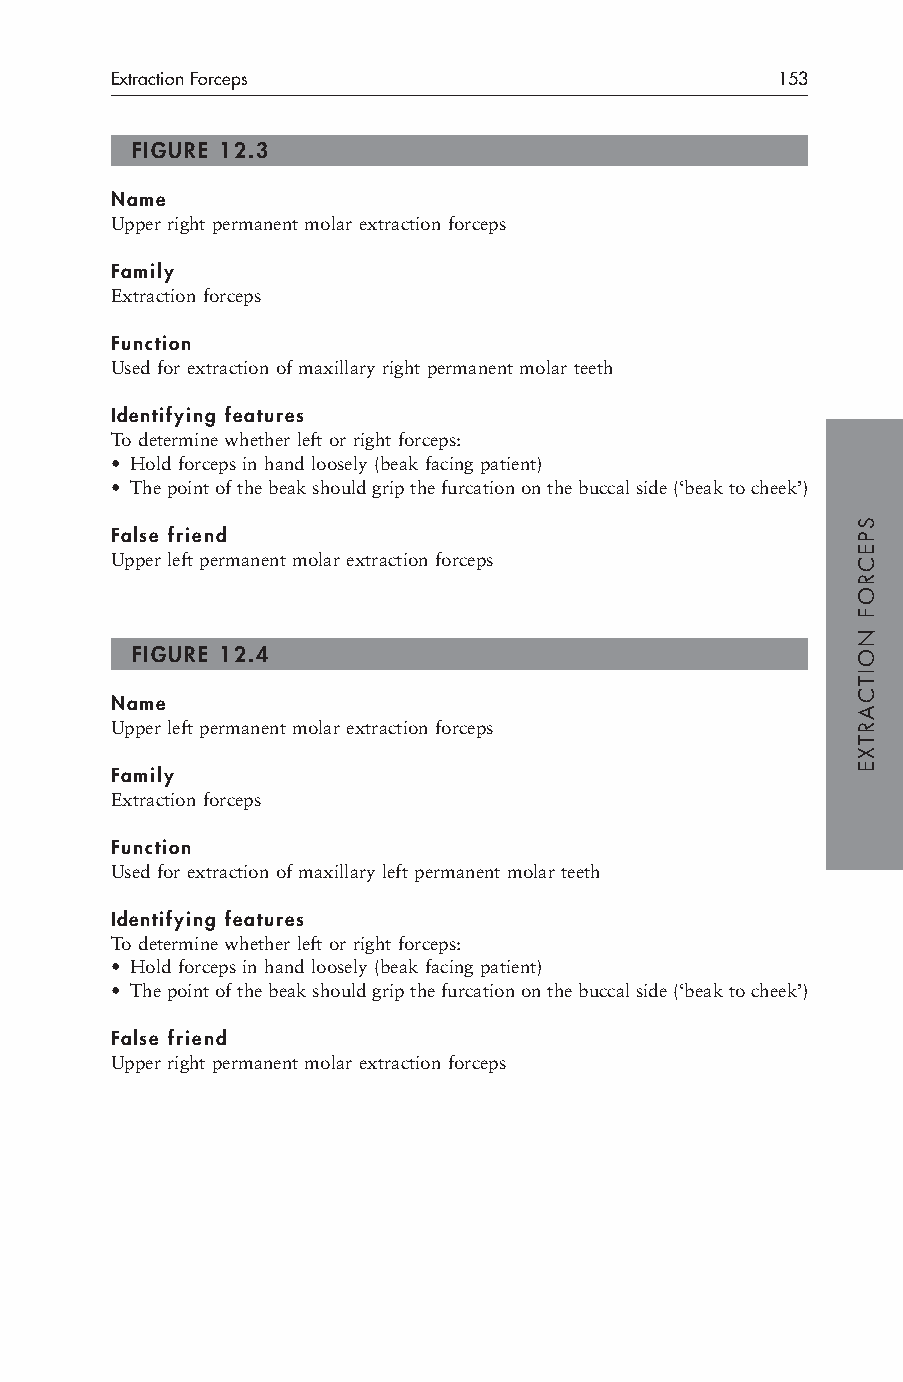
Extraction Forceps                          153
 FIGURE 12.3
 Name
 Upper right permanent molar extraction forceps
 Family
 Extraction forceps
 Function
 Used for extraction of maxillary right permanent molar teeth
 Identifying features
 To determine whether left or right forceps:
 • Hold forceps in hand loosely (beak facing patient)
 • The point of the beak should grip the furcation on the buccal side (‘beak to cheek’)
 False friend
 Upper left permanent molar extraction forceps
 FIGURE 12.4
 Name
 Upper left permanent molar extraction forceps
 Family
 Extraction forceps
 Function
 Used for extraction of maxillary left permanent molar teeth
 Identifying features
 To determine whether left or right forceps:
 • Hold forceps in hand loosely (beak facing patient)
 • The point of the beak should grip the furcation on the buccal side (‘beak to cheek’)
 False friend
 Upper right permanent molar extraction forceps
 SPECROF
 NOITCARTXE